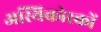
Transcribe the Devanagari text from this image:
अस्थिकोरकों